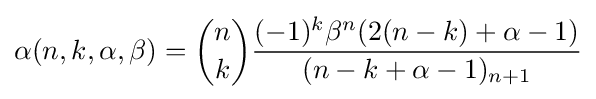
\alpha (n,k,\alpha ,\beta )={n \choose k}{\frac {(-1)^{k}\beta ^{n}(2(n-k)+\alpha -1)}{(n-k+\alpha -1)_{n+1}}}